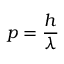
p = { \frac { h } { \lambda } }